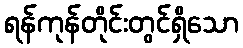
ရန်ကုန်တိုင်းတွင်ရှိသော